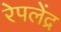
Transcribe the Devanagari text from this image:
रेपलेंद्र